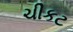
ચીકટ